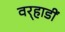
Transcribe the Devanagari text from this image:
वर्‍हाडीं